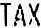
TAX